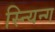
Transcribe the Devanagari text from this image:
स्न्यिन्ग